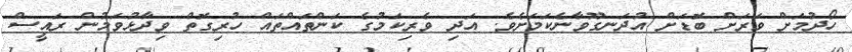
ހޯދުމަށް ވަރަށް ބޮޑަށް އުދަނގޫވާނެކަމަށެވެ. އަދި ވެރިކަމުގެ ކަންތައްތައް ހުރިގޮތް ވިދާޅުވަމުން ރައީސް